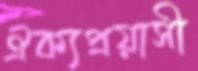
ঐক্যপ্রয়াসী